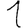
Digit: 1